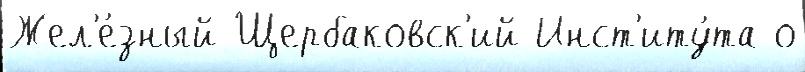
Жел'е́зный Щербаковск'ий Инст'иту́та о